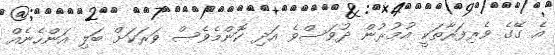
އެ ގޭގެ ވެރިފަރާތަކީ އުމުރުން ދުވަސްވެ އަދި ކޮންމެވެސް ވަރަކަށް ބަލި އަންހެނެއް